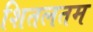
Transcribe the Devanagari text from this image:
शितलतम